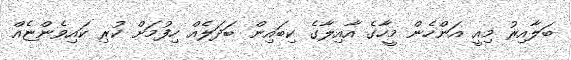
ބަލާއިރު މިއީ އަންހެން މީހާގެ އާއިލާގެ ކިބައިން ބަދަލެއް ހިފުމަށް ކުރި ކައިވެންޏެއް